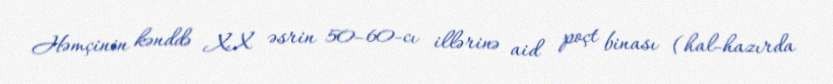
Həmçinin kənddə XX əsrin 50–60-cı illərinə aid poçt binası (hal-hazırda